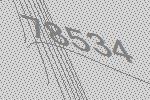
78534